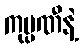
ကုမ္ပဏီနဲ့